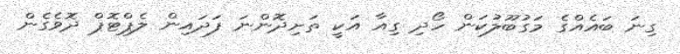
ގިނަ ބައެއްގެ މަގުބޫލުކަން ހޯދި ގިއާ އަކީ ތަށިދޮންނަ ފަދައިން ލެޕްޓޮޕް ދޮވެގެން